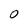
Character: 0